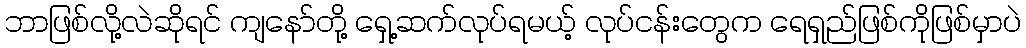
ဘာဖြစ်လို့လဲဆိုရင် ကျနော်တို့ ရှေ့ဆက်လုပ်ရမယ့် လုပ်ငန်းတွေက ရေရှည်ဖြစ်ကိုဖြစ်မှာပဲ